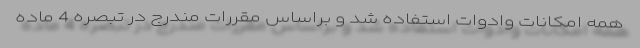
همه امکانات وادوات استفاده شد و براساس مقررات مندرج در تبصره 4 ماده